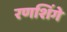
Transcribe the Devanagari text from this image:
रणशिंगे